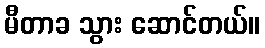
မီတာခ သွား ဆောင်တယ်။